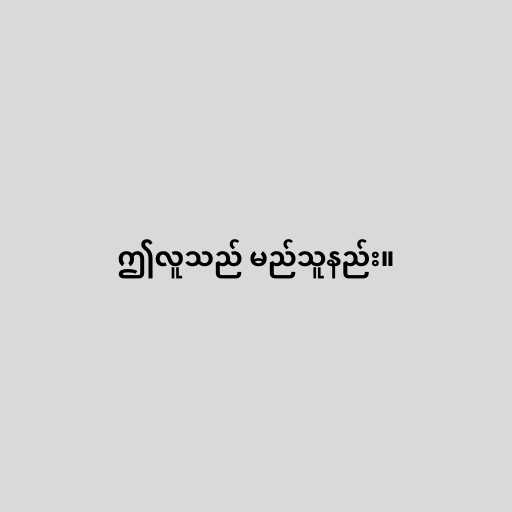
ဤလူသည် မည်သူနည်း။